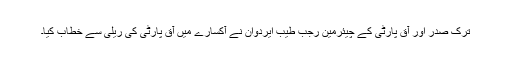
ترک صدر اور آق پارٹی کے چیئرمین رجب طیب ایردوان نے آکسارے میں آق پارٹی کی ریلی سے خطاب کیا۔